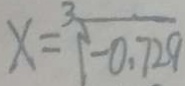
x = \sqrt [ 3 ] { - 0 . 7 2 9 }